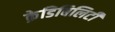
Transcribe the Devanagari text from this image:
क्रेडिबिलिटी